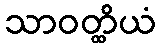
သာဝတ္ထိယံ